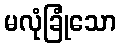
မလုံခြုံသော